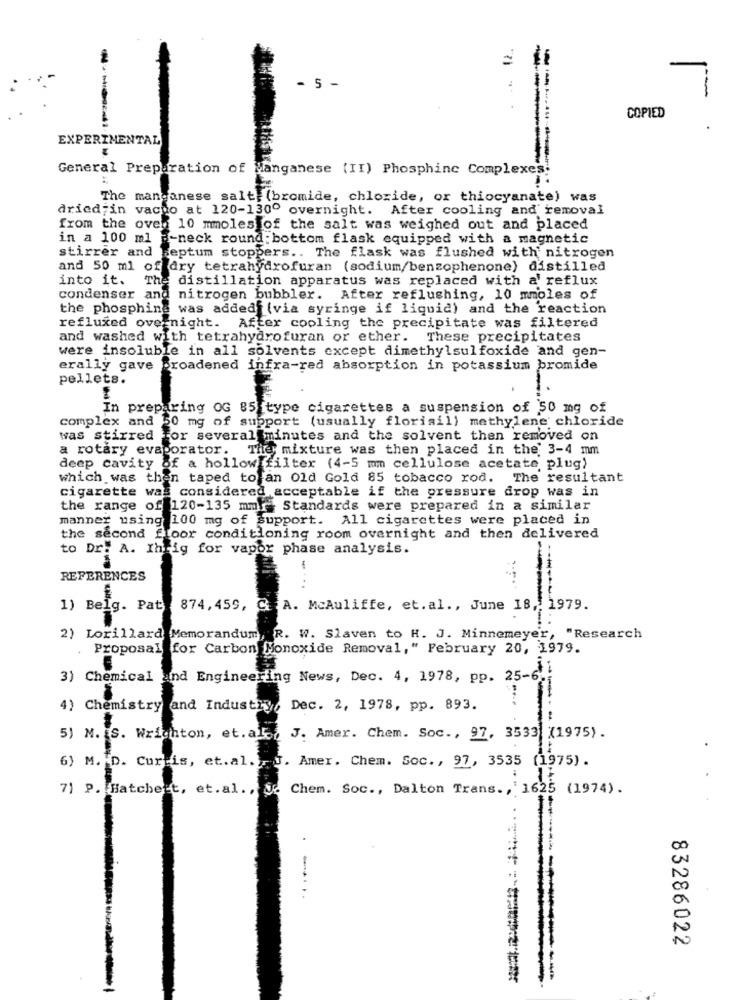
- 5 -
COPIED
EXPERIMENTAL
₹
General Preparation of Manganese (II) Phosphinc Complexes;
The manganese salt: (bromide, chloride, or thiocyanate) was
dried;in vacho at 120-130º overnight. After cooling and removal
from the oven 10 mmolestof the salt was weighed out and placed
in a 100 ml
B-neck round: bottom flask equipped with a magnetic
stirrer and keptum stoppers .. The flask was flushed with nitrogen
and 50 ml of dry tetrahydrofuran (sodium/benzophenone) distilled
into it.
The distillation apparatus was replaced with a' reflux
condenser and
nitrogen bubbler. After reflushing, 10 mmoles of
the phosphine was addedf (via syringe if liquid) and the reaction
refluxed over night.
After cooling the precipitate was filtered
and washed with tetrahydrofuran or ether.
These precipitates
were insoluble in all solvents except dimethylsulfoxide and gen-
erally gave broadened infra-red absorption in potassium bromide
pellets.
In preparing OG 85 type cigarettes a suspension of 50 mg of
complex and 50 mg of support (usually florisil) methylene chloride
was stirred for several minutes and the solvent then removed on
a rotary evaporator.
They mixture was then placed in the 3-4 mm
deep cavity of a hollow filter (4-5 mm cellulose acetate plug)
which was then taped to an Old Gold 85 tobacco rod. The resultant
cigarette was considered acceptable if the pressure drop was in
the range of 120-135 mm Standards were prepared in a similar
manner using 100 mg of support. All cigarettes were placed in
the second floor conditioning room overnight and then delivered
to Dr. A. Ihrig for vapor phase analysis.
REFERENCES
1) Belg. Pat 874,459, G. A. Mcauliffe, et. al ., June 18 ,, 1979.
2) Lorillard Memorandum, R. W. Slaven to H. J. Minnemeyer, "Research
Proposal for Carbon Monoxide Removal," February 20, 1979.
3) Chemical and Engineering News, Dec. 4, 1978, pp. 25-6
4) Chemistry and Industry, Dec. 2, 1978, pp. 893.
5) M. S. Wrighton, et. al
J. Amer. Chem. Soc ., 97, 3533 (1975).
6) M. D. Curtis, et.al. J. Amer. Chem. Soc ., 97, 3535 (1975).
7) P. Hatchert, et.al ., J. Chem. Soc ., Dalton Trans ., ' 1625 (1974).
.
00
N
83286022